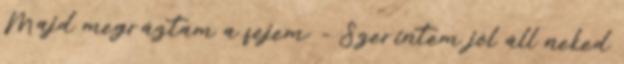
Majd megráztam a fejem: - Szerintem jól áll neked